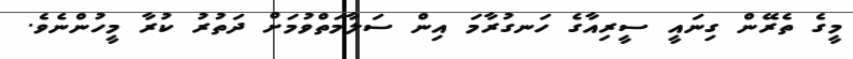
މީގެ ތެރޭން ގިނައީ ސީރިއާގެ ހަނގުރާމަ އިން ސަލާމަތްވުމަށް ދަތުރު ކުރާ މީހުންނެވެ.